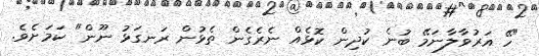
"ހޭ އަރުވާލާނަމޭ ބުނެ ކުދިން ކޮޅެއް ނެރެގެން ތެޅުން ރަނގަޅު ނޫން" ކަމަށެވެ.